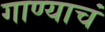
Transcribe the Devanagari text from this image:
गाण्याचं